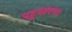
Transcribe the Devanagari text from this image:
पहुचाएगा